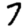
Digit: 7